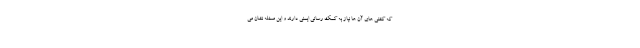
که کشتی های آن ها نیاز به کمک رسانی ایمنی دارند و این مسئله نشان می